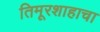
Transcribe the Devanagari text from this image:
तिमूरशाहाचा